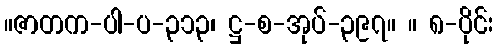
။ဇာတက-ပါ-ပ-၃၁၃၊ ဋ္ဌ-စ-အုပ်-၃၉၇။ ။ ၈-ပိုင်း